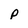
Character: p